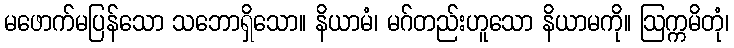
မဖောက်မပြန်သော သဘောရှိသော။ နိယာမံ၊ မဂ်တည်းဟူသော နိယာမကို။ ဩက္ကမိတုံ၊